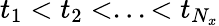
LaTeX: t_{1}<t_{2}<...<t_{N_{x}}